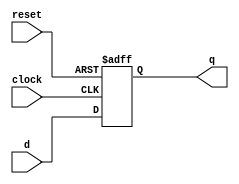
module d_ff(q, d, clock, reset);
  input d, clock, reset;
  output  q;
  reg q;
  always @ (posedge clock or negedge reset)
  if(~reset)
    q = 1'b0;
  else
    q = d;
endmodule

module reg_32bit(q, d, clock, reset);
  input [31:0]  d;
  input clock, reset;
  output  [31:0]  q;
  genvar j;
  generate
    for(j = 0; j < 32; j = j + 1) begin:  d_loop
      d_ff ff(q[j], d[j], clock, reset);
    end
  endgenerate
endmodule

module tb32reg;
  reg [31:0] d;
  reg clock, reset;
  wire [31:0] q;
  reg_32bit R(q, d, clock, reset);
  always @(clock)
    #5  clock <= ~clock;
  initial begin
    $monitor($time, "D = %b, Reset = %b, Q = %b.", d, reset, q);
    #0  clock = 1'b1; reset = 1'b1; d = 32'hFFFFFFFF;
    #1  reset = 1'b0;
    #20 reset = 1'b1;
    #20 d = 32'hAFAFAFAF;
    #200  $finish;
  end
endmodule